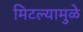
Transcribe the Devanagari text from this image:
मिटल्यामुळे